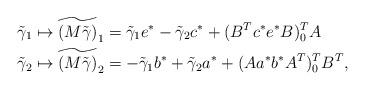
LaTeX: \begin{align*} \tilde\gamma_1 &\mapsto \widetilde{(M\tilde\gamma)}_1 = \tilde\gamma_1 e^* - \tilde\gamma_2c^* + (B^Tc^*e^*B)_0^TA\\ \tilde\gamma_2 &\mapsto \widetilde{(M\tilde\gamma)}_2 = -\tilde\gamma_1b^* + \tilde\gamma_2a^* + (Aa^*b^*A^T)_0^TB^T, \end{align*}